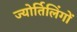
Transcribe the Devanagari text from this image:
ज्‍योर्तिलिंगों